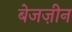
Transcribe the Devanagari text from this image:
बेजज़ीन